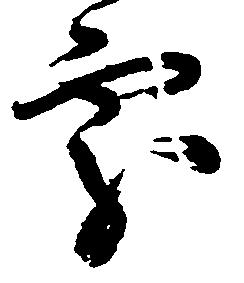
処